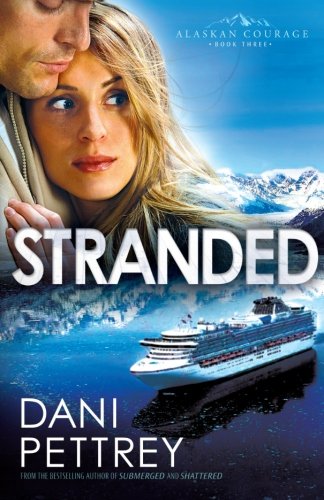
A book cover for Stranded (Alaskan Courage, Book 3); Dani Pettrey; Romance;